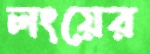
লংয়ের